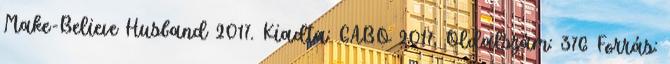
Make-Believe Husband 2017. Kiadta: GABO 2017. Oldalszám: 376 Forrás: